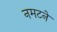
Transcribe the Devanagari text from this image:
नमटने